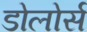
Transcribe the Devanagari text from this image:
डोलोर्स